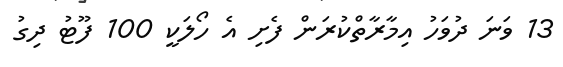
13 ވަނަ ދުވަހު އިމާރާތްކުރަން ފެށި އެ ހޯލަކީ 100 ފޫޓު ދިގު